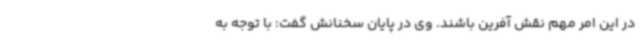
در این امر مهم نقش آفرین باشند. وی در پایان سخنانش گفت: با توجه به